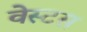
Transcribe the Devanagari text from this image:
वेस्टस